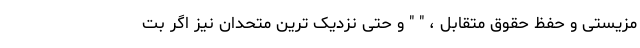
مزیستی و حفظ حقوق متقابل ، " " و حتی نزدیک ترین متحدان نیز اگر بت